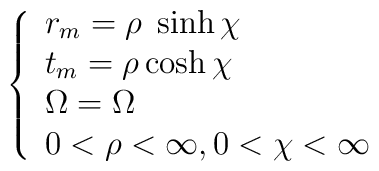
\left\{ \begin{array}{lll}r_m = \rho\; \sinh \chi & \\t_m = \rho \cosh \chi    &  \\\Omega = \Omega                  & \\0 < \rho < \infty, 0 < \chi < \infty   \end{array} \right.